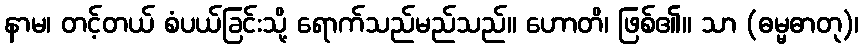
နာမ၊ တင့်တယ် စံပယ်ခြင်းသို့ ရောက်သည်မည်သည်။ ဟောတိ၊ ဖြစ်၏။ သာ (ဓမ္မဓာတု)၊